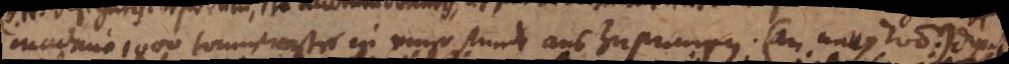
machina 1000 tonnen waßer in einer stunde aus-zupumpen: (an modo momentum:) dixit